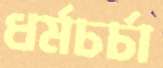
ধর্মচর্চা